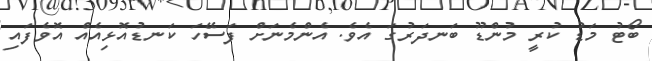
ބޯޓު މަޑު ކުރީ މުންޑޫ ބަނދަރުގަ އެވެ. އެންމެނަށް ފަސޭހަ ކަނޑުއޮޅިއެއް އޮވެފައި